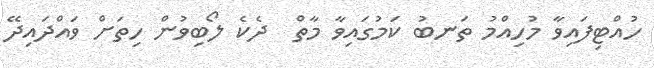
ހުއްޓިފައިވާ މުހިއްމު ތަނބު ކަމުގައިވާ މާތް  ދެކެ ލޯބިވުން ހިތަށް ވައްދައިދޭ